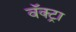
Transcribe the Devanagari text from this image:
वॅक्ट्रा